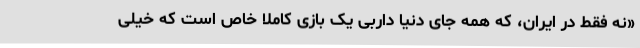
«نه فقط در ایران، که همه جای دنیا داربی یک بازی کاملا خاص است که خیلی